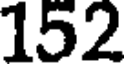
152